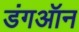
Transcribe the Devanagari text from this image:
डंगऑन